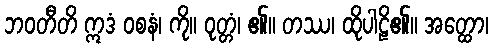
ဘဝတီတိ ဣဒံ ဝစနံ၊ ကို။ ဝုတ္တံ၊ ၏။ တဿ၊ ထိုပါဠိ၏။ အတ္ထော၊